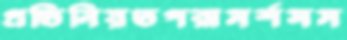
প্রতিনিয়তপরামর্শসম